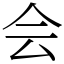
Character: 会